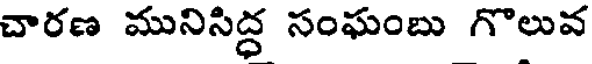
చారణ మునిసిద్ధ సంఘంబు గొలువ